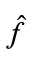
\hat { f }